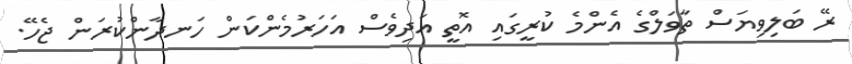
ރޭ ބަލިވިޔަސް ތާވަލްގެ އެންމެ ކުރީގައި އޮތީ އަދިވެސް އަހަރުމެންކަން ހަނދާންކުރަން ޖެހޭ.